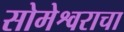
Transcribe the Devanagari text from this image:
सोमेश्वराचा